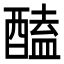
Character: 醘